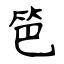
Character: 笆